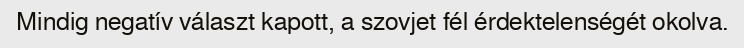
Mindig negatív választ kapott, a szovjet fél érdektelenségét okolva.